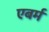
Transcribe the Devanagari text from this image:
एबर्म